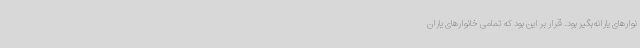
نوارهای یارانه‌بگیر بود. قرار بر این بود که تمامی خانوارهای یاران